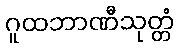
ဂူထဘာဏီသုတ္တံ